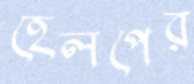
হেলপের